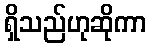
ရှိသည်ဟုဆိုကာ